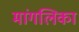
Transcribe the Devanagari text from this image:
मांगलिका